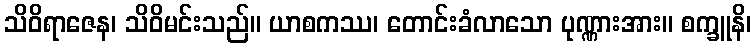
သိဝိရာဇေန၊ သိဝိမင်းသည်။ ယာစကဿ၊ တောင်းခံလာသော ပုဏ္ဏားအား။ စက္ခူနိ၊